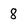
Character: 8